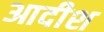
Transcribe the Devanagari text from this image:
आदीश